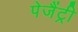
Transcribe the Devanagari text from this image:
पेजैंट्री